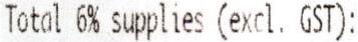
TOTAL 6% SUPPLIES (EXCL. GST):